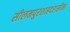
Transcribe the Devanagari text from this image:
सीलमपुरशाहदरासीमा